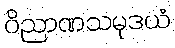
ဝိညာဏသမုဒယံ